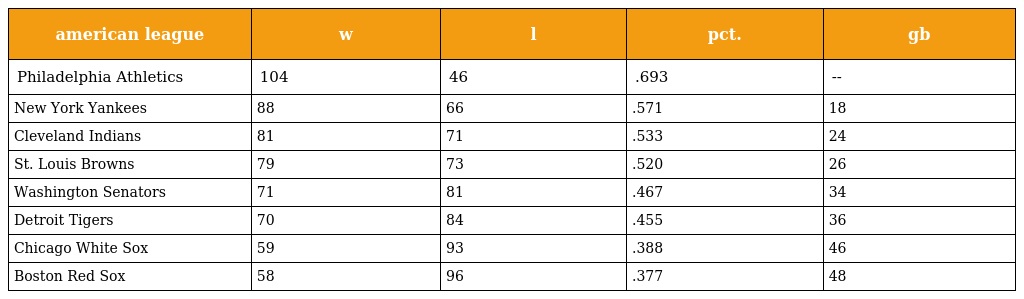
| american league | w | l | pct. | gb |
 | --- | --- | --- | --- | --- |
 | Philadelphia Athletics | 104 | 46 | .693 | -- |
 | New York Yankees | 88 | 66 | .571 | 18 |
 | Cleveland Indians | 81 | 71 | .533 | 24 |
 | St. Louis Browns | 79 | 73 | .520 | 26 |
 | Washington Senators | 71 | 81 | .467 | 34 |
 | Detroit Tigers | 70 | 84 | .455 | 36 |
 | Chicago White Sox | 59 | 93 | .388 | 46 |
 | Boston Red Sox | 58 | 96 | .377 | 48 |